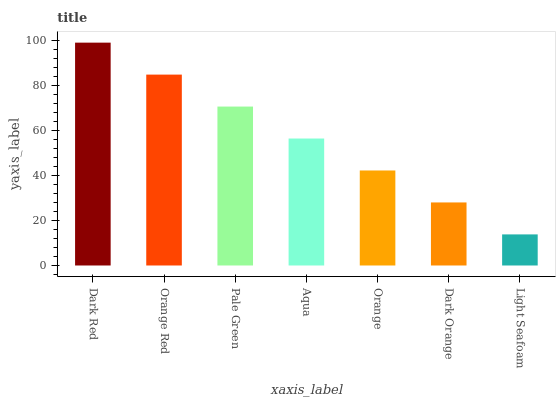
| xaxis_label | bars |
 | --- | --- |
 | Dark Red | 99 |
 | Orange Red | 84.8 |
 | Pale Green | 70.6 |
 | Aqua | 56.4 |
 | Orange | 42.2 |
 | Dark Orange | 28 |
 | Light Seafoam | 13.8 |